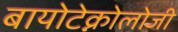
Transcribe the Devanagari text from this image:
बायोटेक्नोलोजी